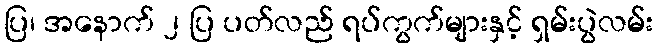
ပြ၊ အနောက် ၂ ပြ ပတ်လည် ရပ်ကွက်များနှင့် ရှမ်းပွဲလမ်း